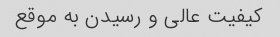
کیفیت عالی و رسیدن به موقع